Document type: Sale
Year: 1354
Scribe: Bernat de Torre
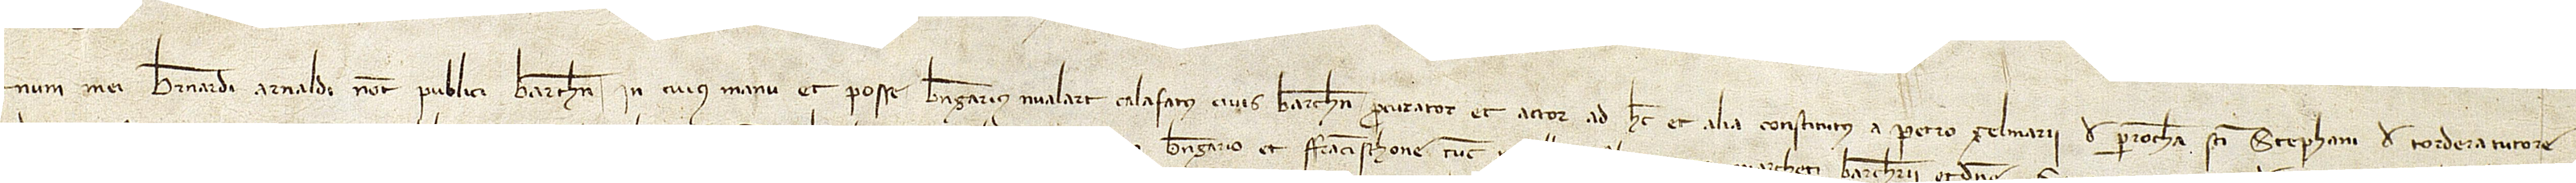
num mei Bernardi Arnaldi, notarii publici Barchinone, in cuius manu et posse Berengarius Malart, calafatus, civis Barchinone, procurator et actor ad hec et alia constitutus a Petro Gelmarii, de parrochia Sancti Stephani de Tordera, tutore